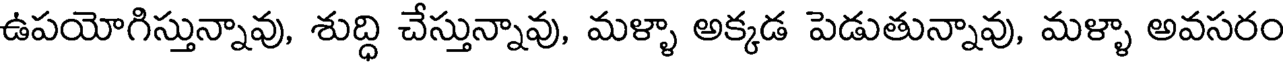
ఉపయోగిస్తున్నావు, శుద్ధి చేస్తున్నావు, మళ్ళా అక్కడ పెడుతున్నావు, మళ్ళా అవసరం